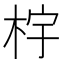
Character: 𰗤